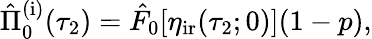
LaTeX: \begin{array}{r}{\hat{\Pi}_{0}^{\mathrm{(i)}}(\tau_{2})=\hat{F}_{0}[\eta_{\mathrm{ir}}(\tau_{2};0)](1-p),}\end{array}